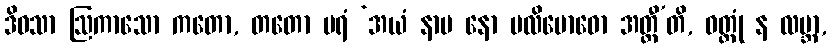
ဒိဝသာ ဩကာသော ကတော, တတော ပရံ ‘အယံ နာမ နော ပလိဗောဓော အတ္ထီ’တိ, ဝတ္တုံ န လဗ္ဘာ,